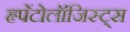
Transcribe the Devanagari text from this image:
हृपेंटोलॉजिस्ट्स